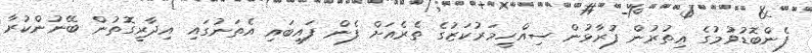
ފެންބޮޑުވުމުގެ އިތުރުން ފުރާޅުން ސިއްހީމަރުކަޒުގެ ތެރެއަށް ފެން ފައިބައި އެތަނުގައި އިދާރީގޮތުން ބޭނުންކުރާ